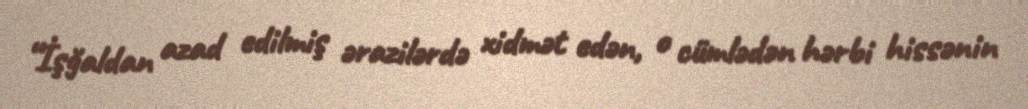
“İşğaldan azad edilmiş ərazilərdə xidmət edən, o cümlədən hərbi hissənin